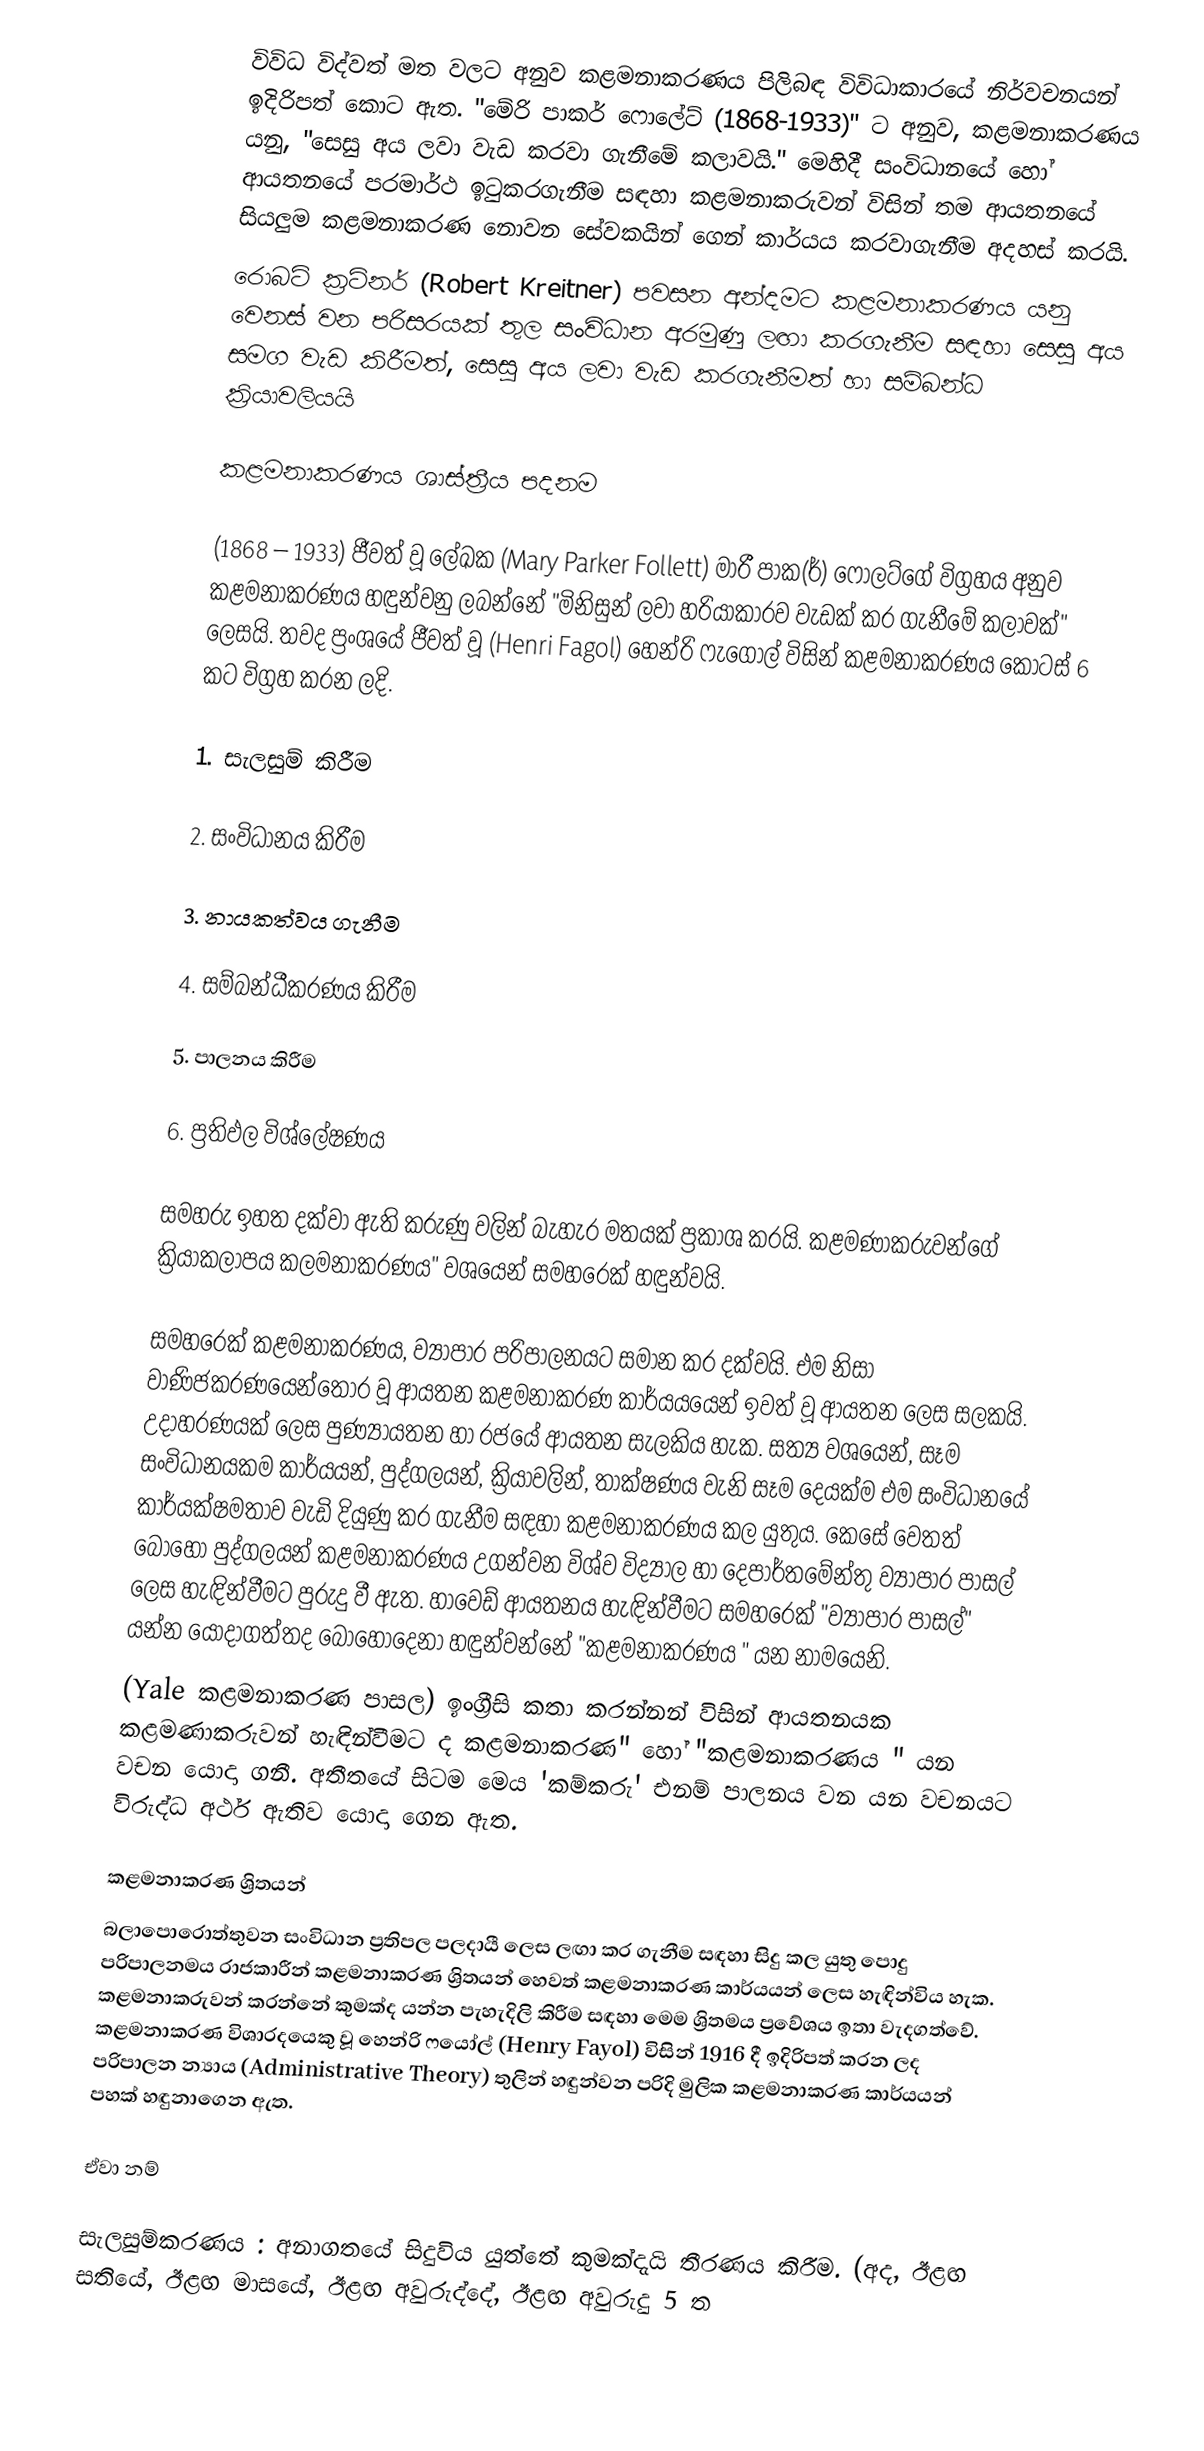
විවිධ විද්වත් මත වලට අනුව කළමනාකරණය පිලිබඳ විවිධාකාරයේ නිර්වචනයන් ඉදිරිපත් කොට ඇත. "මේරි පාකර් ෆොලේට් (1868-1933)" ට අනුව, කළමනාකරණය යනු, "සෙසු අය ලවා වැඩ කරවා ගැනීමේ කලාවයි." මෙහිදී සංවිධානයේ හෝ ආයතනයේ පරමාර්ථ ඉටුකරගැනීම සඳහා කළමනාකරුවන් විසින් තම ආයතනයේ සියලුම කළමනාකරණ නොවන සේවකයින් ගෙන් කාර්යය කරවාගැනීම අදහස් කරයි.
රොබට් ක්‍රට්නර් (Robert Kreitner) පවසන අන්දමට කළමනාකරණය යනු වෙනස් වන පරිසරයක් තුල සංවිධාන අරමුණු ලඟා කරගැනීම සඳහා සෙසු අය සමග වැඩ කිරීමත්, සෙසු අය ලවා වැඩ කරගැනීමත් හා සම්බන්ධ ක්‍රියාවලියයි

කළමනාකරණය ශාස්ත්‍රීය පදනම

(1868 – 1933) ජීවත් වූ ලේඛක (Mary Parker Follett) මාරී පාක(ර්) ෆොලට්ගේ විග්‍රහය අනුව කළමනාකරණය හඳුන්වනු ලබන්නේ "මිනිසුන් ලවා හරියාකාරව වැඩක් කර ගැනීමේ කලාවක්" ලෙසයි. තවද ප්‍රංශයේ ජීවත් වූ  (Henri Fagol) හෙන්රි ෆැගොල් විසින් කළමනාකරණය කොටස් 6 කට විග්‍රහ කරන ලදි.

1.	සැලසුම් කිරීම

2.	සංවිධානය කිරීම

3.	නායකත්වය ගැනීම

4.	සම්බන්ධීකරණය කිරීම

5.	පාලනය කිරීම

6.	ප්‍රතිඵල විශ්ලේෂණය

සමහරු ඉහත දක්වා ඇති කරුණු වලින් බැහැර මතයක් ප්‍රකාශ කරයි. කළමණාකරුවන්ගේ ක්‍රියාකලාපය කලමනාකරණය" වශයෙන් සමහරෙක් හඳුන්වයි.

සමහරෙක් කළමනාකරණය, ව්‍යාපාර පරිපාලනයට සමාන කර දක්වයි. එම නිසා වාණිජකරණයෙන්තොර වූ ආයතන කළමනාකරණ කාර්යයයෙන් ඉවත් වූ ආයතන ලෙස සලකයි. උදාහරණයක් ලෙස පුණ්‍යායතන හා රජයේ ආයතන සැලකිය හැක.  සත්‍ය වශයෙන්, සෑම සංවිධානයකම කාර්යයන්, පුද්ගලයන්, ක්‍රියාවලින්, තාක්ෂණය වැනි සෑම දෙයක්ම එම සංවිධානයේ කාර්යක්ෂමතාව වැඩි දියුණු කර ගැනීම සඳහා කළමනාකරණය කල යුතුය.  කෙසේ වෙතත් බොහෝ පුද්ගලයන් කළමනාකරණය උගන්වන විශ්ව විද්‍යාල හා දෙපාර්තමේන්තු ව්‍යාපාර පාසල් ලෙස හැඳින්වීමට පුරුදු වී ඇත. හාවෙඩ් ආයතනය හැඳින්වීමට සමහරෙක් "ව්‍යාපාර පාසල්" යන්න යොදාගත්තද බොහෝදෙනා හඳුන්වන්නේ "කළමනාකරණය " යන නාමයෙනි.
(Yale කළමනාකරණ පාසල) ඉංග්‍රීසි කතා කරන්නන් විසින් ආයතනයක කළමණාකරුවන් හැඳින්වීමට ද කළමනාකරණ" හෝ  "කළමනාකරණය " යන වචන යොදා ගනී. අතීතයේ සිටම මෙය 'කම්කරු' එනම් පාලනය වන යන වචනයට විරුද්ධ අර්ථ ඇතිව යොදා ගෙන ඇත.

කළමනාකරණ ශ්‍රිතයන්
බලාපොරොත්තුවන සංවිධාන ප්‍රතිපල පලදායී ලෙස ලඟා කර ගැනීම සඳහා සිදු කල යුතු පොදු පරිපාලනමය රාජකාරීන් කළමනාකරණ ශ්‍රිතයන් හෙවත් කළමනාකරණ කාර්යයන් ලෙස හැඳින්විය හැක. කළමනාකරුවන් කරන්නේ කුමක්ද යන්න පැහැදිලි කිරීම සඳහා මෙම ශ්‍රිතමය ප්‍රවේශය ඉතා වැදගත්වේ. කළමනාකරණ විශාරදයෙකු වූ හෙන්රි ෆයෝල් (Henry Fayol) විසින් 1916 දී ඉදිරිපත් කරන ලද පරිපාලන න්‍යාය (Administrative Theory) තුලින් හඳුන්වන පරිදි මුලික කළමනාකරණ කාර්යයන් පහක් හඳුනාගෙන ඇත.

ඒවා නම්

 සැලසුම්කරණය : අනාගතයේ සිදුවිය යුත්තේ කුමක්දැයි තීරණය කිරීම. (අද, ඊළඟ සතියේ, ඊළඟ මාසයේ, ඊළඟ අවුරුද්දේ, ඊළඟ අවුරුදු 5 ත